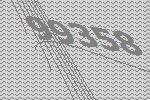
99358